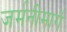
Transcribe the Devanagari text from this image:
जर्मनीमार्गे